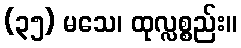
(၃၅) မသေ၊ ထုလ္လစ္စည်း။